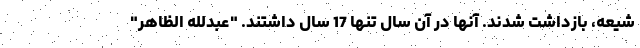
شیعه، بازداشت شدند. آنها در آن سال تنها 17 سال داشتند. "عبدلله الظاهر"